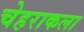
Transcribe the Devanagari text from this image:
चेहराकला